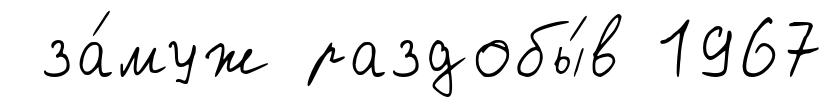
за́муж раздобы́в 1967